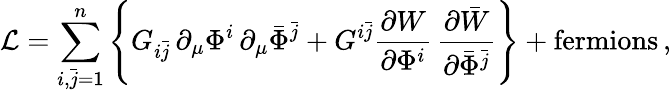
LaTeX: {\cal L}=\sum_{i,\bar{j}=1}^{n}\left\{ G_{i\bar{j}}\, \partial_{\mu}\Phi^{i}\, \partial_{\mu}\bar{\Phi}^{\bar{j}}+G^{i\bar{j}}\frac{\partial{W}}{\partial\Phi^{i}}\, \frac{\partial\bar{W}}{\partial\bar{\Phi}^{\bar{j}}}\right\} +\mathrm{fermions}\, ,